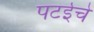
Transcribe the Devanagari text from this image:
पटईचे